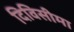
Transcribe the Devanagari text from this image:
दिविसीमा